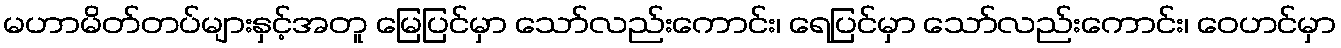
မဟာမိတ်တပ်များနှင့်အတူ မြေပြင်မှာ သော်လည်းကောင်း၊ ရေပြင်မှာ သော်လည်းကောင်း၊ ဝေဟင်မှာ